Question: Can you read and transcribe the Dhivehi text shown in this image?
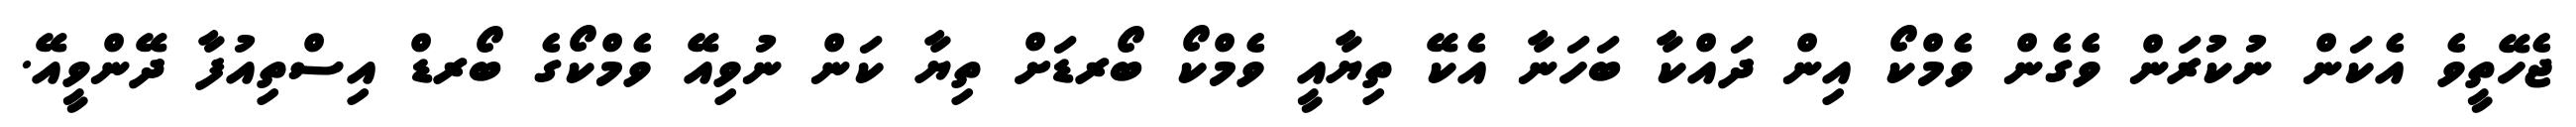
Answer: ޖެހޭތީވެ އެކަން ނުކުރަން ވެގެން ވެމްކޯ އިން ދައްކާ ބަހަނާ އެކޭ ތިޔާއީ ވެމްކޯ ބޯރޑަށް ތިޔާ ކަން ނުވިއޭ ވެމްކޯގެ ބޯރޑް އިސްތިއުފާ ދޭންވީއޭ.